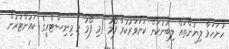
ހުށަހަޅާ ލިޔުންތައް ލިބުނުކަން ކަށަވަރުކުރާ ފޯމު (މި ފޯމު މި މިނިސްޓްރީގެ ކައުންޓަރުން